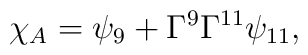
{\chi_{A}=\psi_9 +\Gamma^9\Gamma^{11}\psi_{11},}